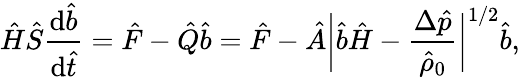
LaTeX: \hat{H}\hat{S}\frac{\mathrm{d}\hat{b}}{\mathrm{d}\hat{t}}=\hat{F}-\hat{Q}\hat{b}=\hat{F}-\hat{A}\bigg\lvert\hat{b}\hat{H}-\frac{\Delta\hat{p}}{\hat{\rho}_{0}}\bigg\rvert^{1/2}\hat{b},